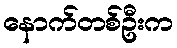
နောက်တစ်ဦးက